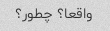
واقعا؟ چطور؟